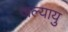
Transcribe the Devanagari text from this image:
जल्यायु